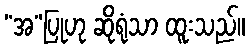
“အ”ပြုဟု ဆိုရုံသာ ထူးသည်။